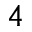
4